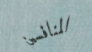
المنافسين